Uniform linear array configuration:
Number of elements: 16
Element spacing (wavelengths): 0.25
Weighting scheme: uniform
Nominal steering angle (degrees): -60
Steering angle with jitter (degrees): -60.866
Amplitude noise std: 0.05
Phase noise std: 0.05

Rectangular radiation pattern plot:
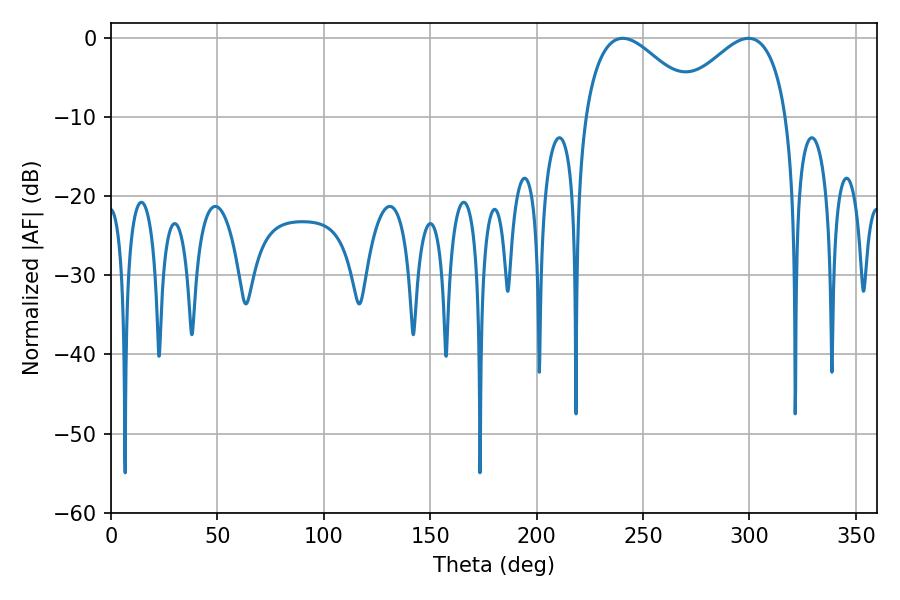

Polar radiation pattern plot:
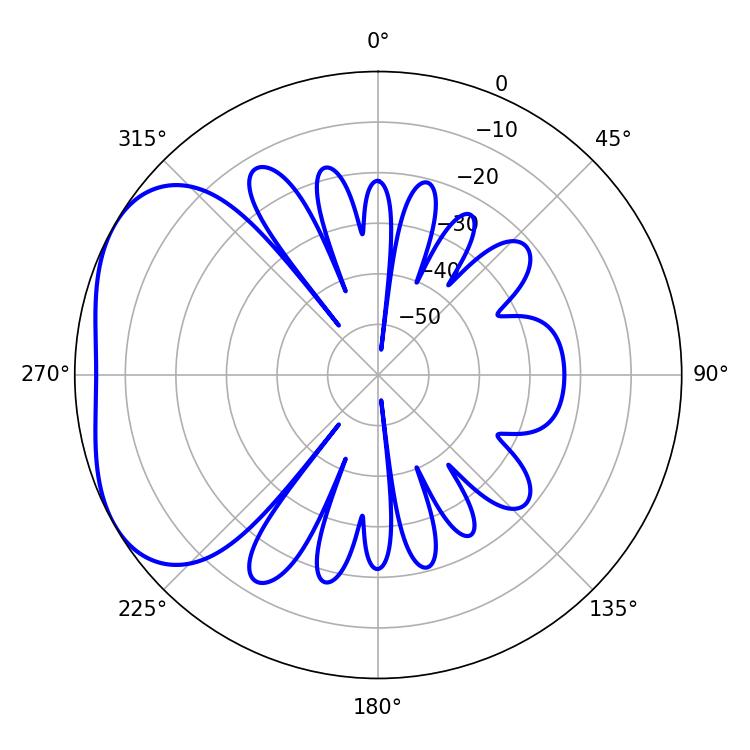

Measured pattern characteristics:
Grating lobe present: FALSE
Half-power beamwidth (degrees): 29.34
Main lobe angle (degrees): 240.48